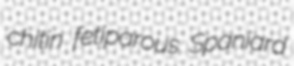
chitin fetiparous Spaniard